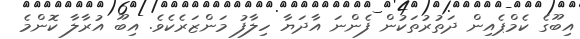
އިބޫގެ ކެމްޕެއިން ދަތުރުތަކުން ފެންނަ އާދަޔާ ހިލާފު މަންޒަރެކެވެ. އިބޫ އުރާލާ ކޮންމެ